Leaving Certificate Examination, 1909
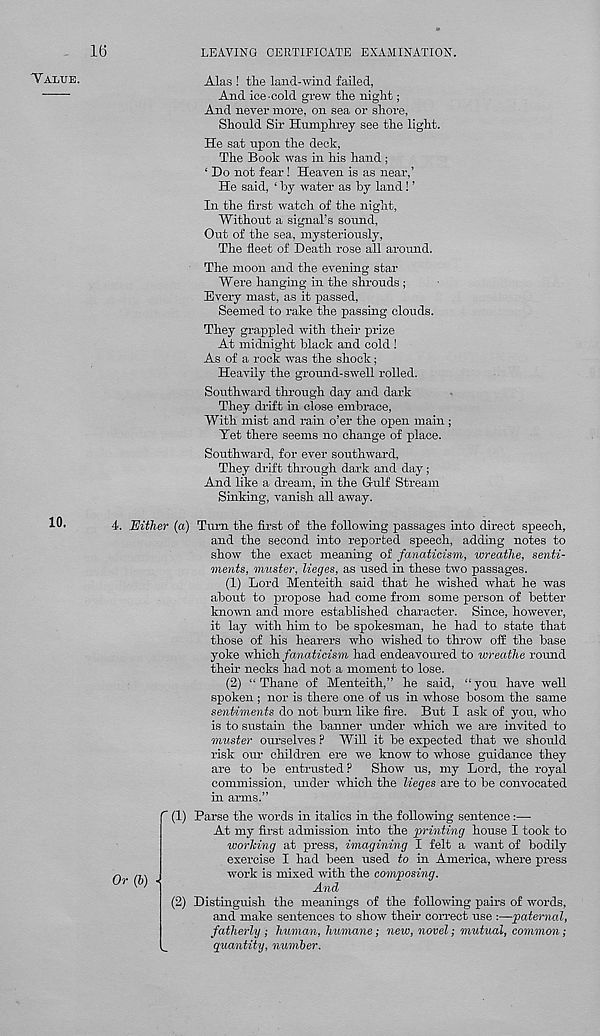
16
LEAVING CERTIFICATE EXAMINATION.
VALUE.
10.
Alas ! the land-wind failed,
And ice-cold grew the night;
And never more, on sea or shore,
Should Sir Humphrey see the light.
He sat upon the deck,
The Book was in his hand ;
‘ Do not fear! Heaven is as near,’
He said, ‘ by water as by land! ’
In the first watch of the night,
Without a signal’s sound,
Out of the sea, mysteriously,
The fleet of Death rose all around.
The moon and the evening star
Wei-e hanging in the shrouds ;
Every mast, as it passed,
Seemed to rake the passing clouds.
They grappled with their prize
At midnight black and cold !
As of a rock was the shock;
Heavily the ground-swell rolled.
Southward through day and dark
They drift in close embrace,
With mist and rain o’er the open main ;
Vet there seems no change of place.
Southward, for ever southward,
They drift through dark and day;
And like a dream, in the Q-ulf Stream
Sinking, vanish all away.
4. Either (a) Turn the first of the following passages into direct speech,
and the second into reported speech, adding notes to
show the exact meaning of fanaticism, wreathe, senti-
ments, muster, lieges, as used in these two passages.
(1) Lord Menteith said that he wished what he was
about to propose had come from some person of better
known and more established character. Since, however,
it lay with him to be spokesman, he had to state that
those of his hearers who wished to throw off the base
yoke which fanaticism had endeavoured to wreathe round
their necks had not a moment to lose.
(2) “'Thane of Menteith,” he said, “you have well
spoken ; nor is there one of us in whose bosom the same
sentiments do not burn like fire. But I ask of you, who
is to sustain the banner under which we are invited to
muster omselves ? Will it be expected that we should
risk our children ere we know to whose guidance they
are to be entrusted? Show us, my Lord, the royal
commission, under which the lieges are to be convocated
in arms.”
Or (b)
' (1) Parse the words in italics in the following sentence:—
At my first admission into the printing house I took to
working at press, imagining I felt a want of bodily
exercise I had been used to in America, where press
work is mixed with the composing.
And
(2) Distinguish the meanings of the following pairs of words,
and make sentences to show their correct use :—paternal,
fatherly ; human, humane; new, novel; mutual, common;
_
quantity, number.